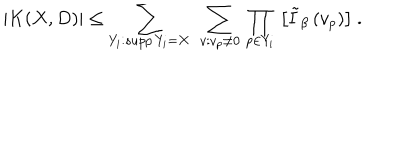
\left. | K ( X , D ) | \leq \sum _ { Y _ { i } : s u p p \, Y _ { i } = X } \ \sum _ { v : v _ { p } \neq 0 } \, \prod _ { p \in Y _ { i } } \, \left[ \tilde { I } _ { \beta } \, ( v _ { p } ) \right] \right. \ .